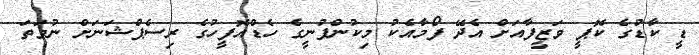
ޑީ ކާޑުގެ ކޮޕީ ވަޒީފާއަށް އެދޭ ފޯމާއެކު މިކުންފުނީގެ ހެޑްއޮފީހުގެ ރިސެޕްޝަނަށް ނުވަތަ